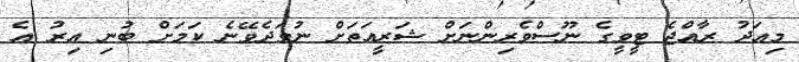
މިއަދު ރާއްޖެ ޓީވީގެ ނޫސްވެރިންނަށް ޝަރީއަތަށް ނުވަދެވޭނެ ކަމަށް ބުނި އިރު އެ